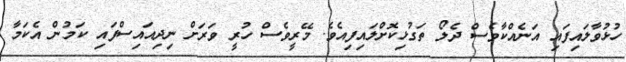
ހުޅުވާލައިފައި އަނެއްކާވެސް ދެލޯ ތަގުޅިކޮށްލައިފިއެވެ. މޭރީވެސް ހުރީ ވަރަށް ނިދިއައިސްފައި ކަމުން އެކަމާ